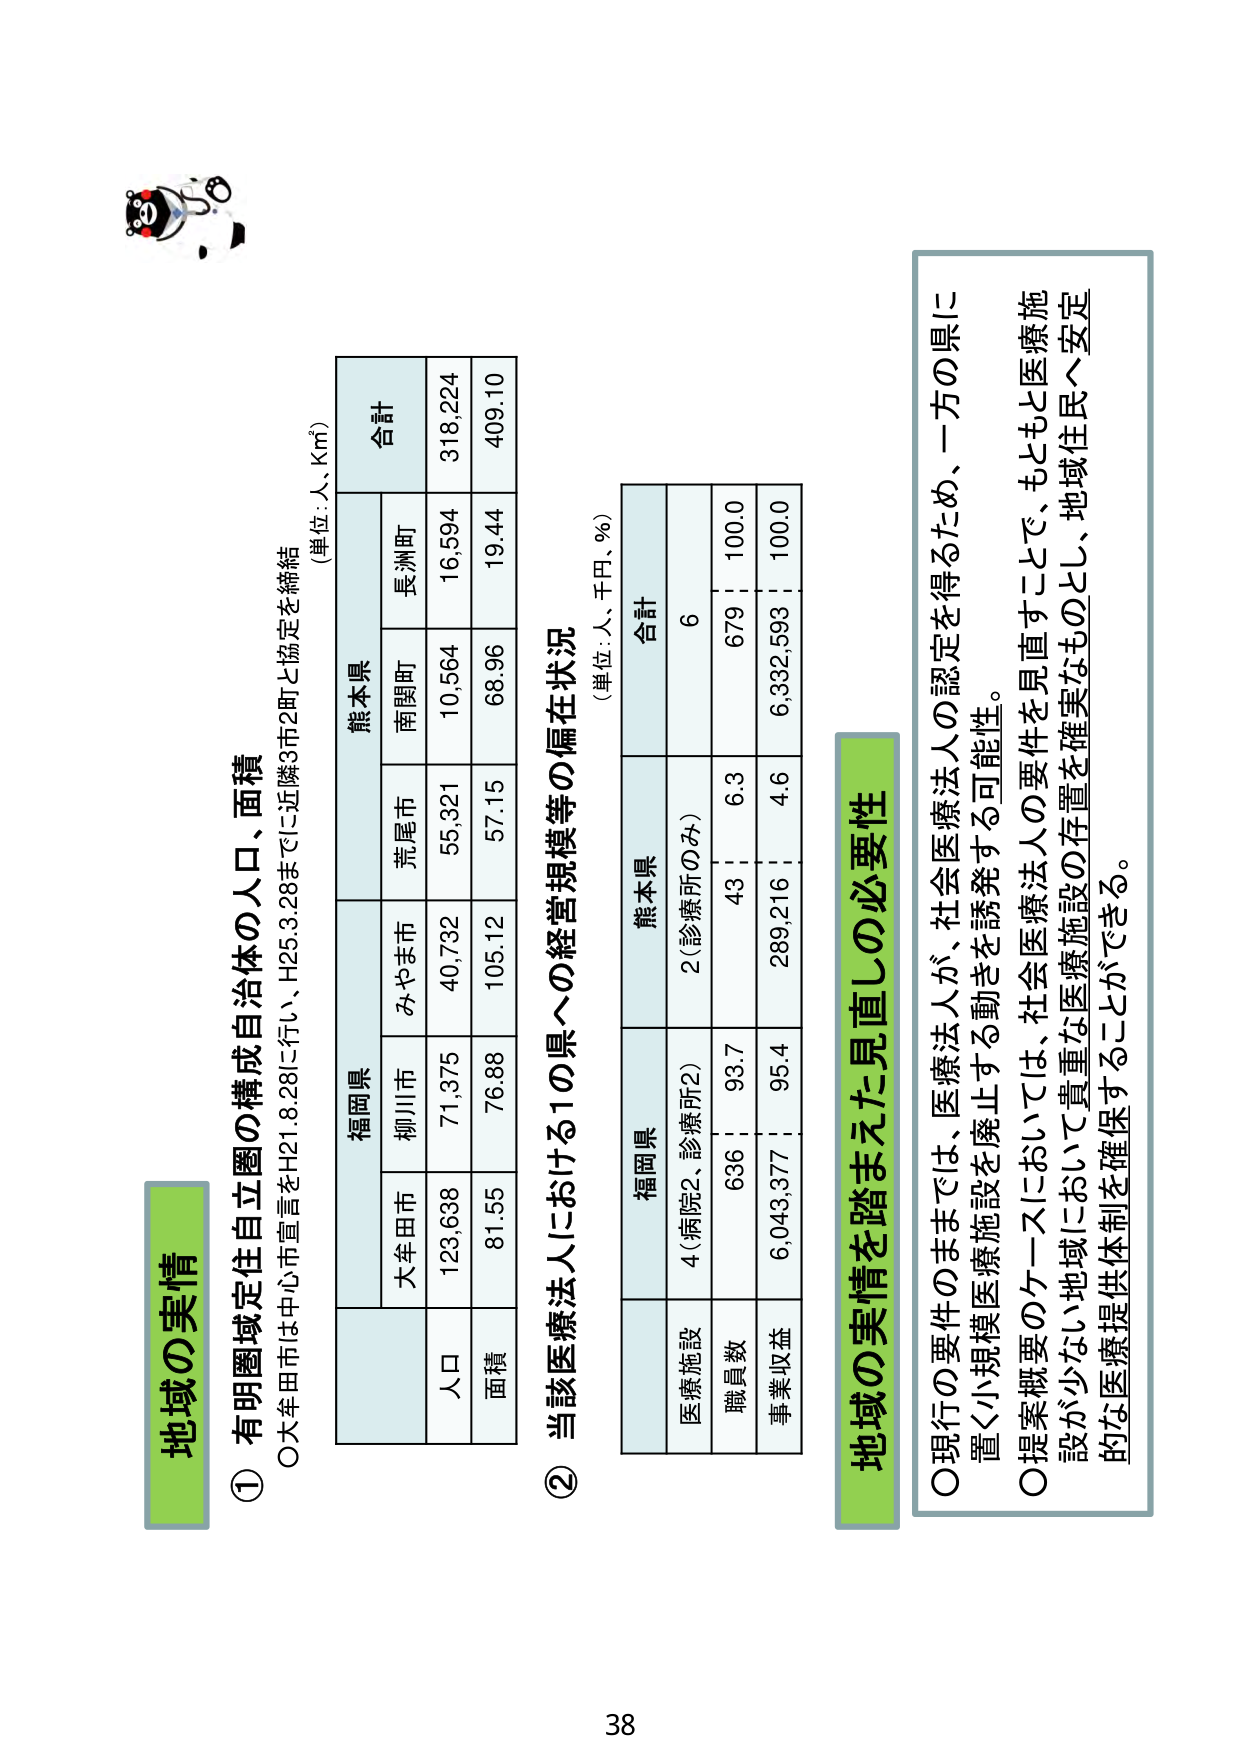
地域の実情

① 有明圏域定住自立圏の構成自治体の人口、面積
○大牟田市は中心市宣言をH21.8.28に行い、H25.3.28までに近隣3市2町と協定を締結

(単位：人、Km²)

福岡県 熊本県 合計
大牟田市 柳川市 みやま市 荒尾市 南関町 長洲町
人口 123,638 71,375 40,732 55,321 10,564 16,594 318,224
面積 81.55 76.88 105.12 57.15 68.96 19.44 409.10

② 当該医療法人における1の県への経営規模等の偏在状況
(単位：人、千円、％)

福岡県 熊本県 合計
医療施設 4(病院2、診療所2) 2(診療所のみ) 6
職員数 636 93.7 43 6.3 679 100.0
事業収益 6,043,377 95.4 289,216 4.6 6,332,593 100.0

地域の実情を踏まえた見直しの必要性

○現行の要件のままでは、医療法人が、社会医療法人の認定を得るため、一方の県に置く小規模医療施設を廃止する動きを誘発する可能性。
○提案概要のケースにおいては、社会医療法人の要件を見直すことで、もともと医療施設が少ない地域において貴重な医療施設の存在を確実なものとし、地域住民へ安定的な医療提供体制を確保することができる。

38